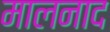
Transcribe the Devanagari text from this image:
मालनाद